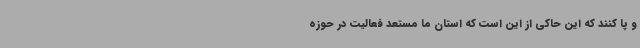
و پا کنند که این حاکی از این است که استان ما مستعد فعالیت در حوزه